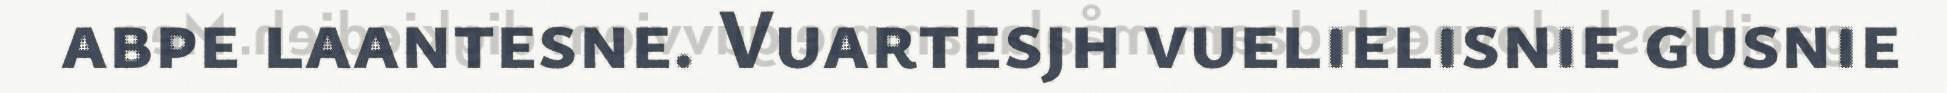
abpe laantesne. Vuartesjh vuelielisnie gusnie